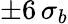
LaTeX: \pm 6\, \sigma_{b}